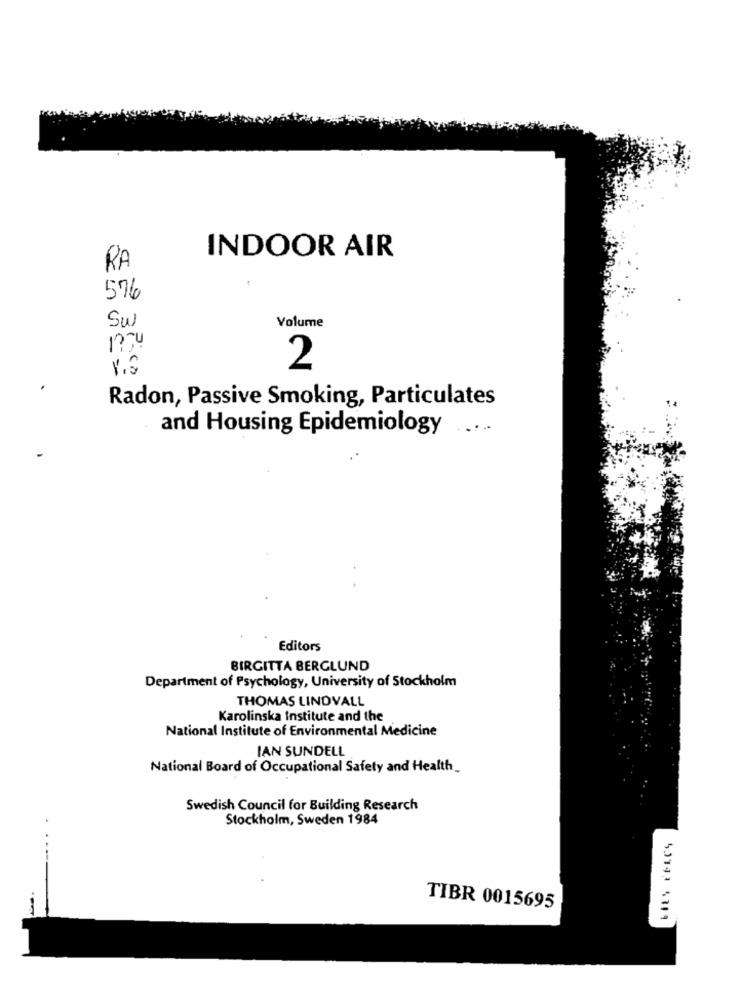
INDOOR AIR
RA
576
Su
Volume
2
Radon, Passive Smoking, Particulates
and Housing Epidemiology
Editors
BIRGITTA BERGLUND
Department of Psychology, University of Stockholm
THOMAS LINDVALL
Karolinska Institute and the
National Institute of Environmental Medicine
IAN SUNDELL
National Board of Occupational Safety and Health
Swedish Council for Building Research
Stockholm, Sweden 1984
TIBR 0015695